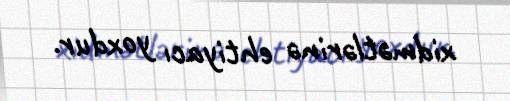
xidmətlərinə ehtiyacı yoxdur.